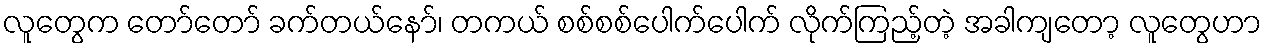
လူတွေက တော်တော် ခက်တယ်နော်၊ တကယ် စစ်စစ်ပေါက်ပေါက် လိုက်ကြည့်တဲ့ အခါကျတော့ လူတွေဟာ